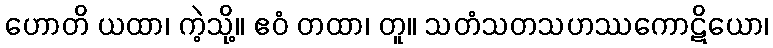
ဟောတိ ယထာ၊ ကဲ့သို့။ ဧဝံ တထာ၊ တူ။ သတံသတသဟဿကောဋိယော၊